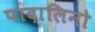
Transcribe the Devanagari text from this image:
पादालिनो